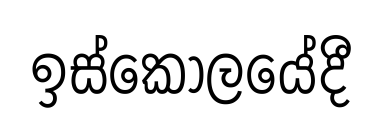
ඉස්කෝලයේදී